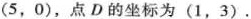
(5，0)，点D的坐标为(1，3).